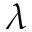
\lambda